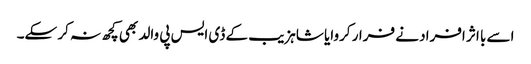
اسے با اثر افراد نے فرار کروایا شاہزیب کے ڈی ایس پی والد بھی کچھ نہ کر سکے۔